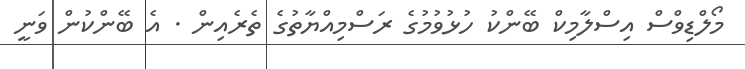
މޯލްޑިވްސް އިސްލާމިކް ބޭންކު ހުޅުވުމުގެ ރަސްމިއްްޔާތުގެ ތެރެއިން . އެ ބޭންކުން ވަނީ